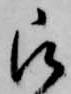
被